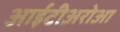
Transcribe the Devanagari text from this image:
आईटीअरोआ